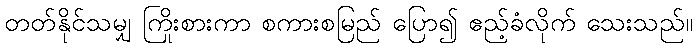
တတ်နိုင်သမျှ ကြိုးစားကာ စကားစမြည် ပြော၍ ဧည့်ခံလိုက် သေးသည်။